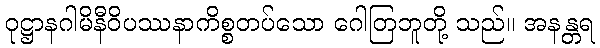
ဝုဋ္ဌာနဂါမိနီဝိပဿနာကိစ္စတပ်သော ဂေါတြဘူတို့ သည်။ အနန္တရ